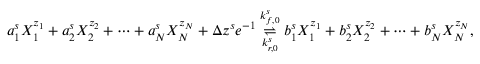
a _ { 1 } ^ { s } X _ { 1 } ^ { z _ { 1 } } + a _ { 2 } ^ { s } X _ { 2 } ^ { z _ { 2 } } + \cdots + a _ { N } ^ { s } X _ { N } ^ { z _ { N } } + \Delta z ^ { s } e ^ { - 1 } \overset { k _ { f , 0 } ^ { s } } { \underset { k _ { r , 0 } ^ { s } } { \rightleftharpoons } } b _ { 1 } ^ { s } X _ { 1 } ^ { z _ { 1 } } + b _ { 2 } ^ { s } X _ { 2 } ^ { z _ { 2 } } + \cdots + b _ { N } ^ { s } X _ { N } ^ { z _ { N } } ,